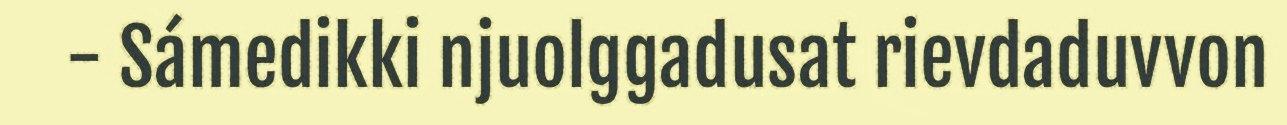
- Sámedikki njuolggadusat rievdaduvvon